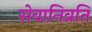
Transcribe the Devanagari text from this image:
सेवानिव्रति